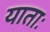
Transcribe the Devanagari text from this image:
याताः